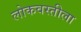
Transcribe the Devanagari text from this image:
लोकवस्तीला